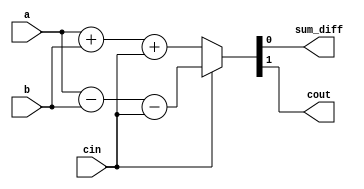
// Full Adder / Subtractor
// Created by Nitheesh Kumar - Aug 02 2020

module full_adder_subtractor (
	input a,b,cin,
	output reg sum_diff,cout);

// assign sum_diff = cin ^ a ^ (b ^ cin); // Add if cin = 0, else Sub
// assign cout = (cin & a) | (a & (b ^ cin)) | ((b ^ cin) & cin);

always @* begin

if (cin == 1'b0)
{cout,sum_diff} <= a + b + cin;
else
{cout,sum_diff} <= a - b - cin;

end

endmodule